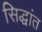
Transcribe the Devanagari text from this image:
सिद्धांत